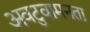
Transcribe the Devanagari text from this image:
अवटुवामनता